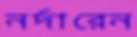
নর্দারেন